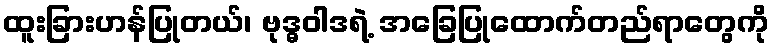
ထူးခြားဟန်ပြုတယ်၊ ဗုဒ္ဓဝါဒရဲ့ အခြေပြုထောက်တည်ရာတွေကို